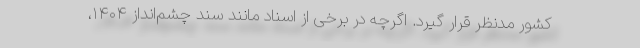
کشور مدنظر قرار گیرد. اگرچه در برخی از اسناد مانند سند چشم‌انداز ۱۴۰۴،